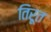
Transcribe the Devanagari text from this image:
तिरूत